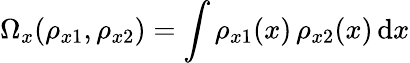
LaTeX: \Omega_{x}(\rho_{x1},\rho_{x2})=\int{\rho_{x1}(x)\, \rho_{x2}(x)\, \mathrm{d}x}